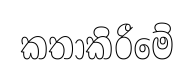
කතාකිරීමේ